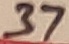
Text: 37